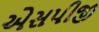
એસપીજી